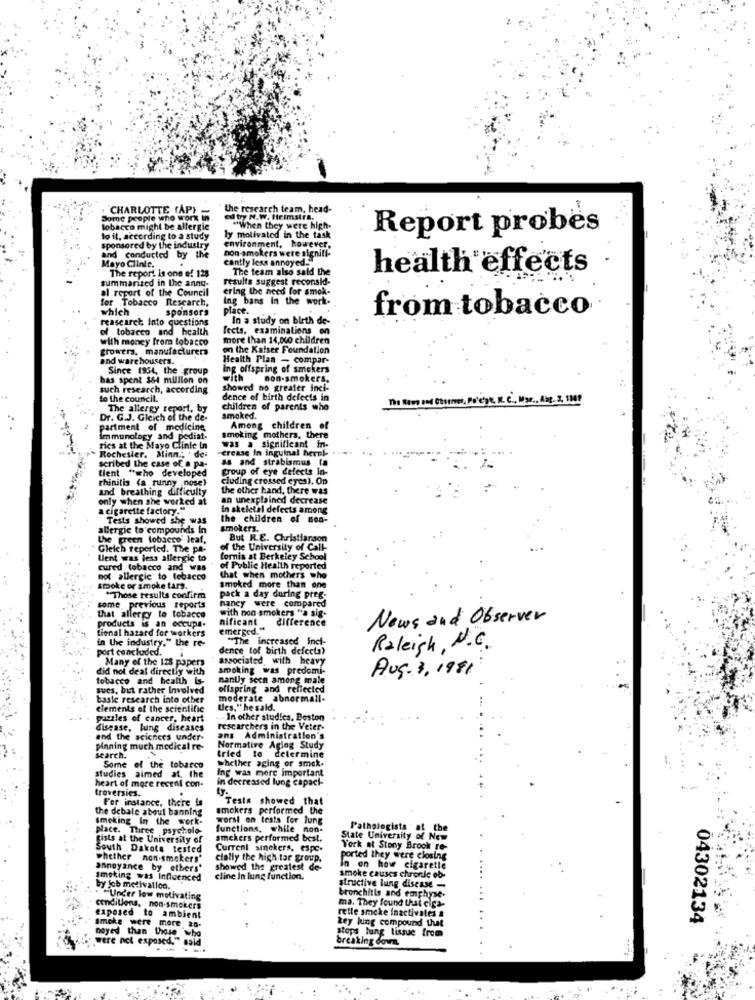
. CHARLOTTE (AP)
the research team, head-
Some people who work in
ed try N.W. Heimstra.
tobacco might be allergie
"When they were high-
Report probes
lo it, according to a study
ly motivated in the task
sponsored by the industry
environment, however.
non-smokers were signiti-
Mayo Clinte.
and conducted by the
cantly less annoyed.
The report is one of 128
The team also said the
health effects
summarized in the anny-
results suggest reconsid-
al report of the Council
ering the need for amok-
for Tobacco Research,
Ing bans In the work-
which
sponsors
place.
reasearch Into questions
In a study on birth de-
from tobacco
of tobacco and health
fects, examinations on
with money from tobacco
more than 14,060 children
growers, manufacturers
on the Kaiser Foundation
and warehousers.
Health Plan - compar-
Since 1954, the_group
ing offspring of smokers
has spent 3&4 million on
With
non-smokers.
such research, according
showed no greater inci-
to the council.
dence of birth defects in
The Ramp and Courier, Polept. N. C ., Mgr ., Aby. 3. 1000
The allergy report, by
children of parents who
Dr. G.J. Gleich of the de-
smoked.
partment of medicine
smoking mothers, there
Among children of
Immunology and pediat.
rics at the Mayo Clinic in
Rochester, Minn .; " dei
-crease in inguinal here !. .
was a significant in-
as and strablomus (a
scribed the case of a pa-
tient "who developed
group of eye defects in-
rhinitis (a runny nose)
cluding crossed eyes). On
and breathing difficulty
the other hand, there was
only when she worked at
an unexplained decrease
a cigarette factory."
In skeletal defects among
Tests showed she was
the children of men-
allergic to compounds In
smokers.
the green tobacco' leaf,
But R.E. Christianson
Gleich reported. The pa-
of the University of Call-
Went was less allergic to
fornis at Berkeley School
cured tobacco and was
of Public Health reported
not allergic to tobacco
that when mothers who
smoke or smoke tars.
smoked more than one
"Those results confirm
pack a day during preg.
nancy were compared
some previous reports
with non smokers "a sig-
that allergy to tobacco
nificant
difference
News and Observer
products is an occupa.
tional hazard for workers
emerged."
in the industry." the re-
"The increased inci-
port concluded.
dence tof birth defects?
Raleigh, N.C.
Many of the 128 papers
associated with heavy
did not deal directly with
smoking was predomi-
Aug. 3, 1981
tobacco and health is-
nantly seen among male
aves, but rather Involved
offspring and reflected
basic research into other
moderate abnormall-
elements of the scientific
tics," he said.
esald.
puzzles of cancer, heart
. In other studies. Beston
disease, lung diseases
researchers in the Veter-
and the sciences under-
ans Administration's
pinning much medical re-
tried
Normative Aging Study
search.
to determine
Some of the tobacco
whether aging or smak.
Ing was more important
studies aimed at the
in decreased lung capaci-
troversies.
heart of more recent con-
ty.
For instance, there is
Tests showed that
the debate about banning
smokers performed the
smoking In the work-
worst on tests for lung
Nace. Three psycholo-
functions, while non-
l'athologists at the
fists at the University of
amckers performed best.
State University of New
South Dakota tested
Current smekers. espc-
York at Stony Brook re-
whether non-smokers"
cially the high tar group,
ported they were closing
annoyance by ethers'
showed the greatest de-
in on how cigaretle
Imeking was Influenced
cline In lung function.
smoke causes chronic ob-
by job melivallon.
structive lung disease -
"Under low motivating
bronchitis and emphyse-
conditions, non-smokers
ma. They found that ciga-
retle smcke inactivales a
exposed to ambient
key lung compound that
04302134
Smoke were more 20.
stops lung tissue from
were not exposed." said
noyed than those who
breaking down.